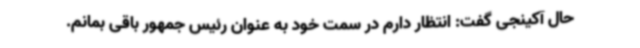
حال آکینجی گفت: انتظار دارم در سمت خود به عنوان رئیس جمهور باقی بمانم.